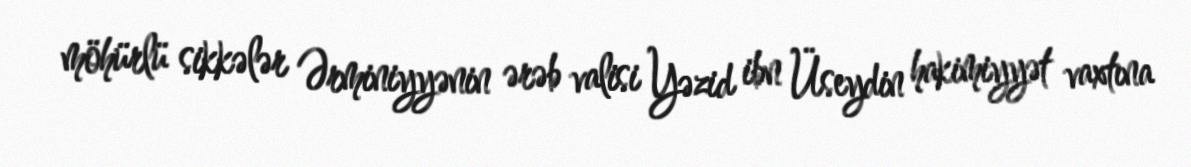
möhürlü sikkələr Ərminiyyənin ərəb valisi Yəzid ibn Üseydin hakimiyyət vaxtına